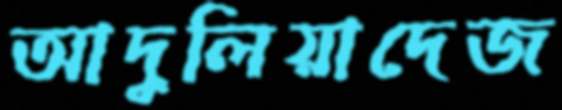
আদুলিয়াদেজ